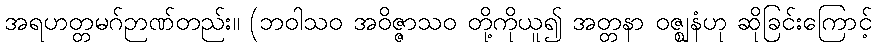
အရဟတ္တမဂ်ဉာဏ်တည်း။ (ဘဝါသဝ အဝိဇ္ဇာသဝ တို့ကိုယူ၍ အတ္တနာ ဝဇ္ဈနံဟု ဆိုခြင်းကြောင့်